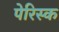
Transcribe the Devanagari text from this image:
पेरिस्क